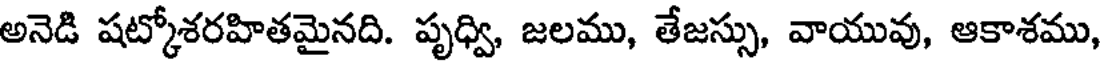
అనెడి షట్కోశరహితమైనది. పృధ్వి, జలము, తేజస్సు, వాయువు, ఆకాశము,